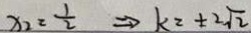
x _ { 2 } = \frac { 1 } { 2 } \Rightarrow k _ { 2 } = \pm 2 \sqrt { 2 }